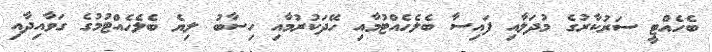
ބެހެއްޓީ ސަރުކާރުގެ މުދަލާއި ފައިސާ ބެލެހެއްޓުމާއި ހޭދަކުރުމާއި ހިސާބު ލިޔެ ބެލެހެއްޓުމުގެ ގަވާއިދާއި